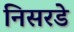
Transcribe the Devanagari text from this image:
निसरडे